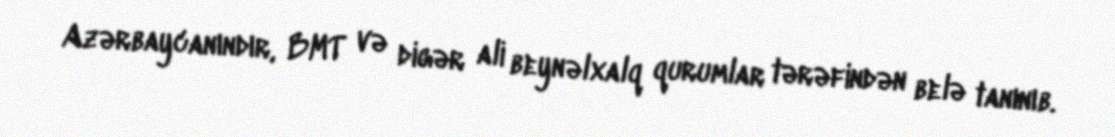
Azərbaycanındır, BMT və digər ali beynəlxalq qurumlar tərəfindən belə tanınıb.